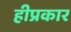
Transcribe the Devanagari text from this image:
हीप्रकार